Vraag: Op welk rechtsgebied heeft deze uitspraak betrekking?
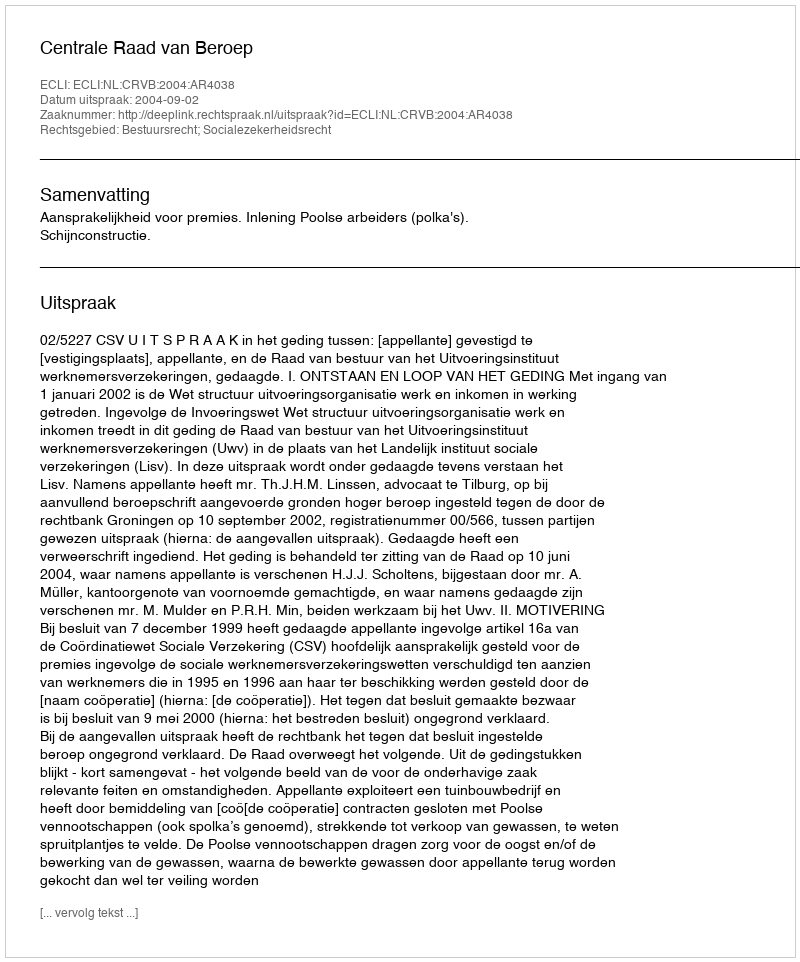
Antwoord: Bestuursrecht; Socialezekerheidsrecht